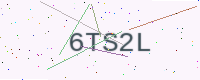
Text: 6TS2L